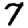
Digit: 7